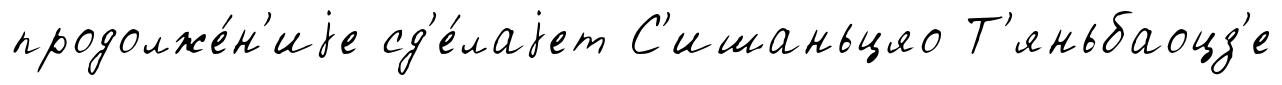
продолже́н'иjе сд'е́лаjет С'ишаньцяо Т'яньбаоцз'е